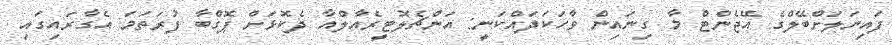
ފައިނަލަށްބޭލްގެ އޭޖެންޓް މާ ގިނައިން ވާހަކަދައްކަނީ: އަންޗެލޮޓީރެއާލްއާ ދެކޮޅަށް ޕޮގްބާ ފުރަތަމަ އެގާރައިގައި